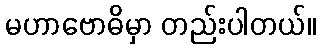
မဟာဗောဓိမှာ တည်းပါတယ်။